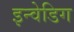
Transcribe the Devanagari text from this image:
इन्वेडिग